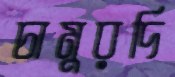
চামুরদি